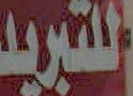
للتبريد